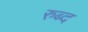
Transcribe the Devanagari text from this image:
रुब्द